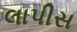
લાપીસ